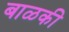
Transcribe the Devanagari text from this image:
बाळकी